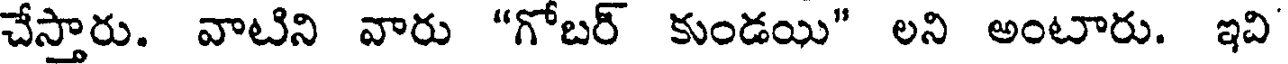
చేస్తారు. వాటిని వారు "గోబర్ కుండయి" లని అంటారు. ఇవి